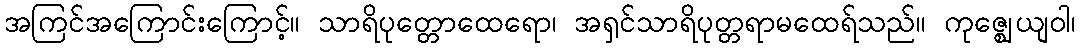
အကြင်အကြောင်းကြောင့်။ သာရိပုတ္တောထေရော၊ အရှင်သာရိပုတ္တရာမထေရ်သည်။ ကုဇ္ဈေယျဝါ၊